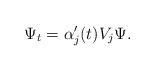
LaTeX: \begin{align*}\Psi_t= \alpha_j'(t)V_j \Psi.\end{align*}